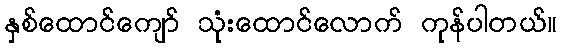
နှစ်ထောင်ကျော် သုံးထောင်လောက် ကုန်ပါတယ်။